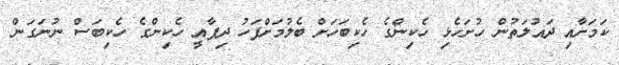
ކަމަށާއި ދައުލަތުން ހުށަހެޅި ހެކިންގެ ހެކިބަހަށް ބެލުމަށްފަހު ދިފާއީ ހެކިންގެ ހެކިބަސް ނުނަގަން